Source: Handwritten
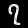
Digit: ၇ (7)